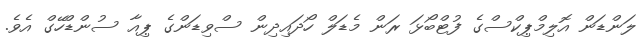
ލަންޑަން އޮލިމްޕިކްސްގެ ފުޓްބޯޅަ ރަން މެޑަލް ހޯދައިދިން ސްވިޑަންގެ ޕިއާ ސުންޑްހޭގް އެވެ.